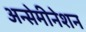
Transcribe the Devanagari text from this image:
अन्सेमीनेशन